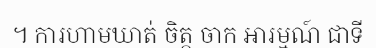
។ ការហាមឃាត់ ចិត្ត ចាក អារម្មណ៍ ជាទី